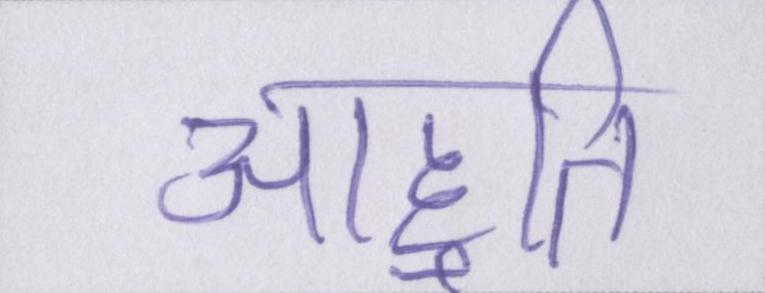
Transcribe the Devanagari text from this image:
आहुति